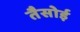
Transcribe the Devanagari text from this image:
तैसोई